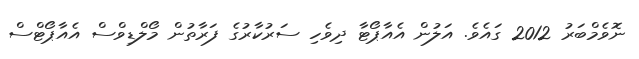
ނޮވެމްބަރު 2012 ގައެވެ. އަލުން އެއާޕޯޓާ ދިވެހި ސަރުކާރުގެ ފަރާތުން މޯލްޑިވްސް އެއާޕޯޓްސް